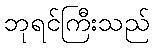
ဘုရင်ကြီးသည်